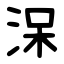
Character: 㳭